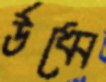
র্উধ্বে